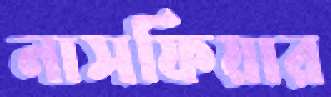
নাসফিয়ার